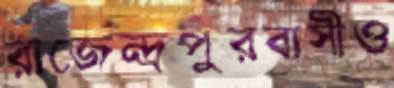
রাজেন্দ্রপুরবাসীও